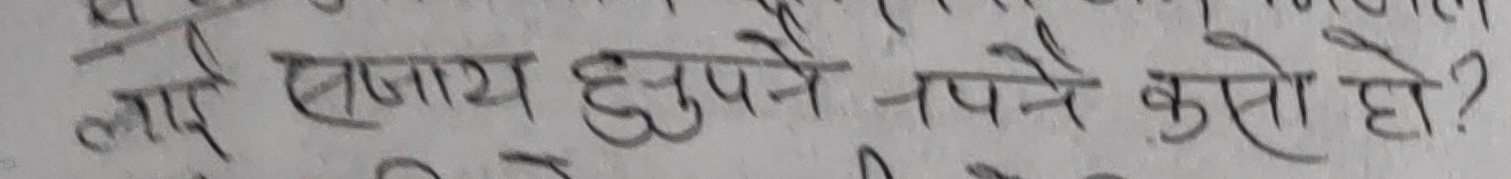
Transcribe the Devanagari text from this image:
लागि एकाएक छुट्नुपर्ने कसो हो?